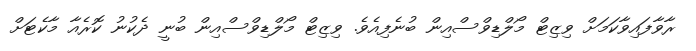
ރާވާފައިވާކަމަށް ވިޒިޓް މޯލްޑިވްސްއިން ބުނެފިއެވެ. ވިޒިޓް މޯލްޑިވްސްއިން ބުނީ ދެކުނު ކޮރެއާ މާކެޓަށް